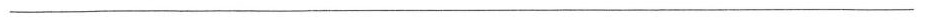
___